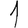
Digit: 1